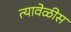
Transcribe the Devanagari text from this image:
त्यावेळीस